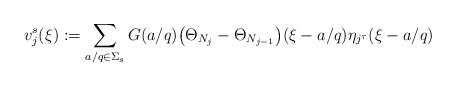
LaTeX: \begin{align*} v_j^s(\xi):=\sum_{a/q \in \Sigma_s} G(a/q)\big(\Theta_{N_j} - \Theta_{N_{j-1}}\big)(\xi - a/q)\eta_{j^\tau}(\xi-a/q)\end{align*}